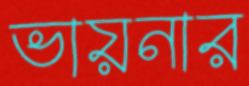
ভায়নার